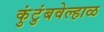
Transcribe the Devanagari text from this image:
कुंटुंबवेल्हाळ